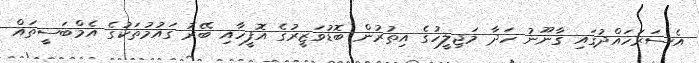
އެސަރަހައްދުގައި ގާނޫނު ހަދާ މަޖިލީހުގެ އިތުރުން ބޮޑުވަޒީރުގެ އޮފީހާއި ބޭރު ގައުމުތަކުގެ އެމްބަސީތައް